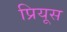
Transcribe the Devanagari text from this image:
प्रियूस